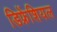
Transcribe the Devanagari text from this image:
डिफ्रेंशियल